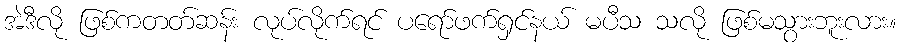
အဲဒီလို ဖြစ်ကတတ်ဆန်း လုပ်လိုက်ရင် ပရော်ဖက်ရှင်နယ် မပီသ သလို ဖြစ်မသွားဘူးလား။